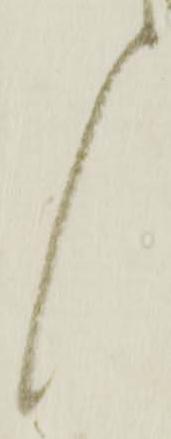
く